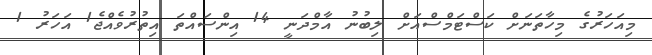
މިއަހަރުގެ މިހާތަނަށް ކަސްޓަމްސްއަށް ލިބުނު އާމްދަނީ 14 އިންސައްތަ އިތުރުވެއްޖެ1 އަހަރު 1